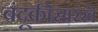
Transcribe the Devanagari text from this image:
बंदूकीसारखे